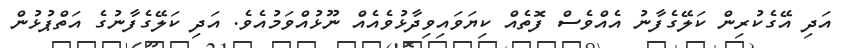
އަދި އޭގެކުރިން ކަލޭގެފާނު އެއްވެސް ފޮތެއް ކިޔަވައިވިދާޅުވެއެއް ނޫޅުއްވަމުއެވެ. އަދި ކަލޭގެފާނުގެ އަތްޕުޅުން